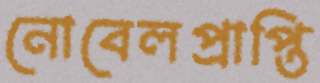
নোবেলপ্রাপ্তি